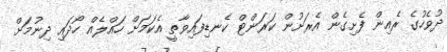
ދުވެހުގެ ރެއިން ފެށިގެން އެރަށުން ކަރަންޓް ކެނޑިފައިވާތީ އެކަމަށް ހައްލެއް ހޯދައި ދިނުމަށް